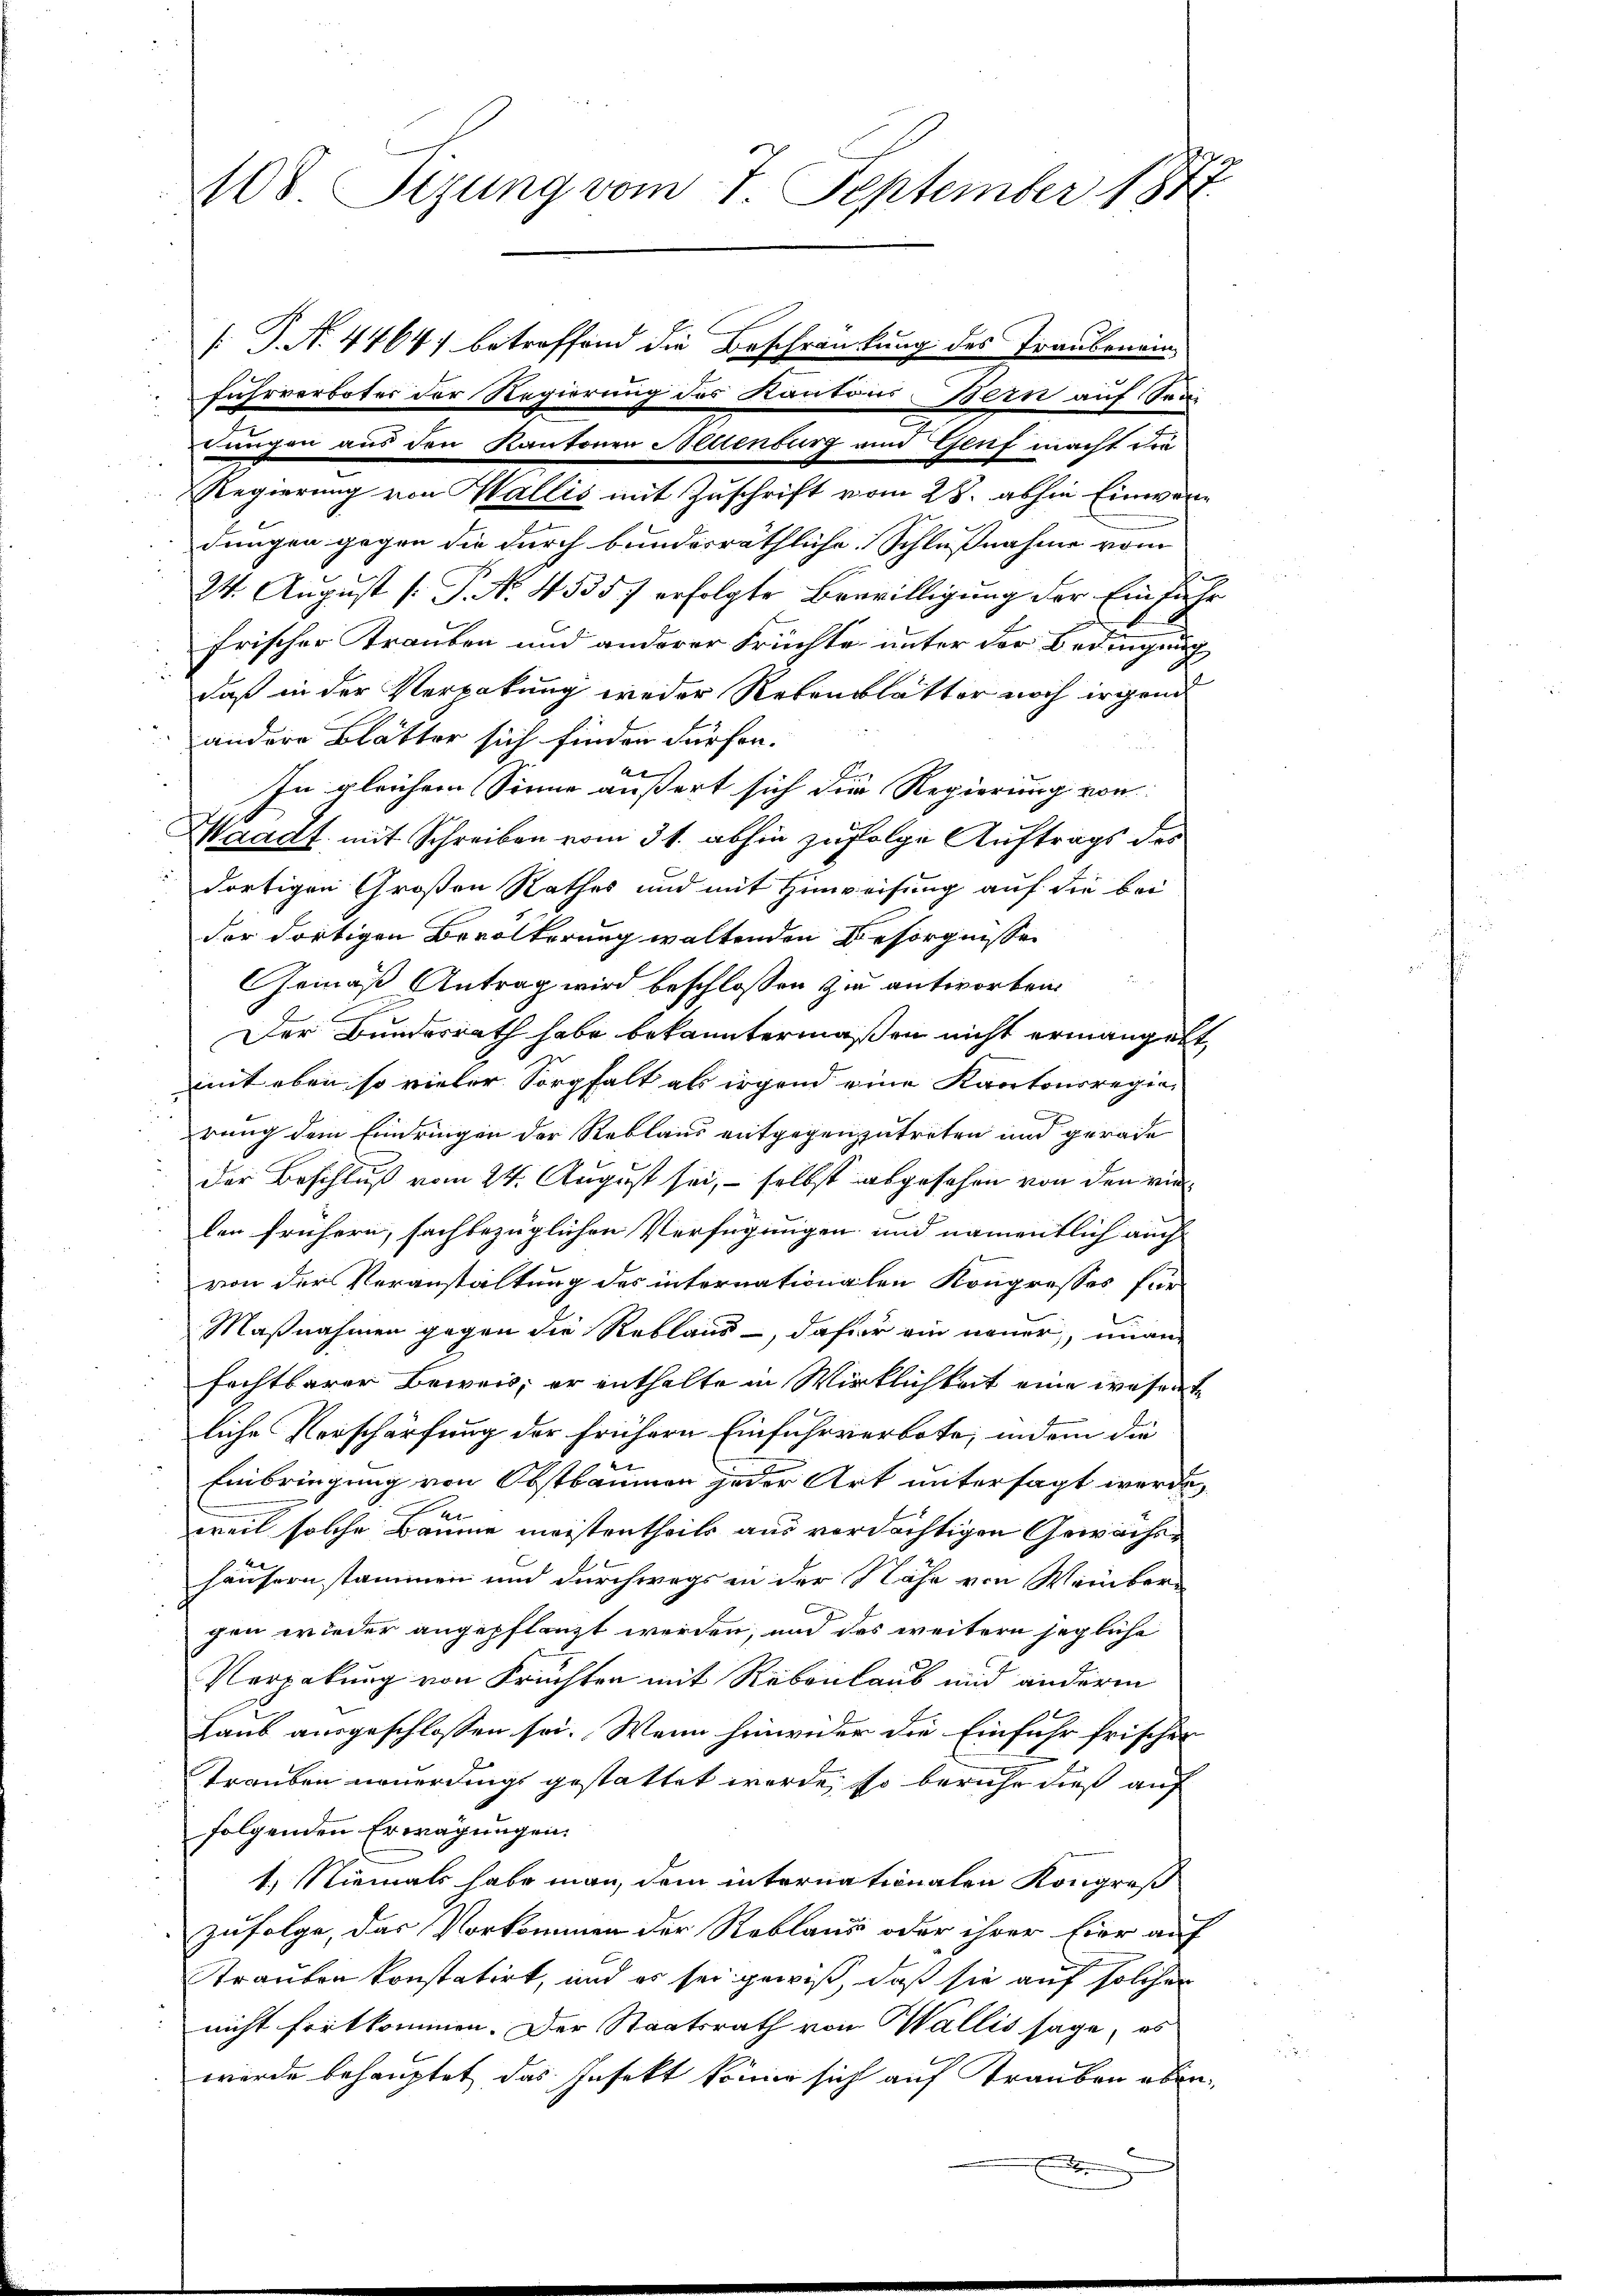
108 Sizung vom 7. September 1877.

[J. N. 4464) betreffend die Beschränkung des Traubeneine
dungen gegen die durch bunderräthliche Schlußnahme vom
24. August [P. N. 45357 erfolgte Bewilligung der Einfüh
frischer Trauben und anderer Früchte unter der Bedingung
daß in der Verpakung weder Relenblätter noch irgend
andere Blätter sich finden dürfen.

In gleichem Sinne äußert sich die Regierung von
Waadt, mit Schreiben vom 31. abhin zufolge Auftrags des
.
dortigen Großen Rathes und mit Hinweisung auf die bei
der dortigen Bevölkerung waltenden Besorgnisse
Gemäß Antrag wird beschlossen zu antworten.
Der Bundesrath habe bekanntermaßen nicht ermangele
mit eben so vieler Sorgfalt als irgend eine Kantonsregiep
rung dem Eindringen der Reblaus entgegenzutreten und gerade
der Beschluß vom 24. August sei, – selbst abgesehen von den vielen frühern, sachbezüglichen Verfügungen und namentlich auch
von der Veranstaltung des internationalen Kongresses für
Maßnahmen gegen die Reblaus, dafür ein neuer, unan
fechtbarer Beweis, er enthalte in Wirklichkeit eine wesen
liche Verschärfung der frühern Einfuhrverbote, indem die
Einbringung von Obstbäumen jeder Art untersagt werde,
en
weil solche Baume meistentheils aus verdächtigen Gewächshäusern stammen und durchwegs in der Nähe von Weinberg
gen wieder angepflanzt werden, und das weitern jegliche
Verpakung von Früchten mit Rebenlaub und anderm
Laub ausgeschlossen sei. Wenn hinwider die Einfuhr frischer
Trauben neuerdings gestattet werde, so beruhe dieß auf
folgenden Erwägungen.
1.) Niemals habe man, dem internationalen Kongroß
zufolge, das Vorkommen der Reblaus oder ihrer Eier auf
Trauben konstatirt, und es sei gewiß, daß sie auf solcher
nicht fortkommen. Der Staatsrath von Wallis sage, es
wurde behauptet, das Infekt könne sich auf rauben oben¬

fuhrverbotes der Regierung des Kantons Bern auf Sei
Lungen aus den Kantonen Neuenburg ein Genf macht die

Regierung von Wallis mit Zuschrift vom 28. abhin Einwen¬

E

7

2